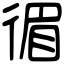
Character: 𢔰